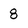
Character: 8